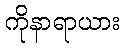
ကိုနာရာယား